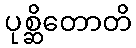
ပုစ္ဆိတောတိ